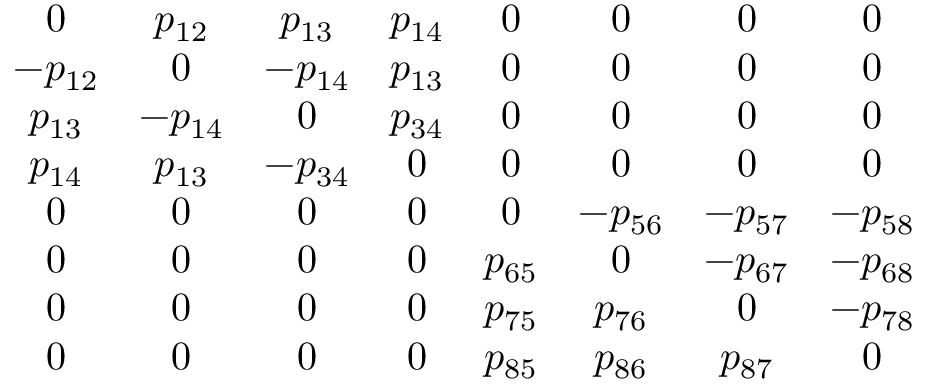
\begin{array} { c c c c c c c c } { { 0 } } & { { p _ { 1 2 } } } & { { p _ { 1 3 } } } & { { p _ { 1 4 } } } & { { 0 } } & { { 0 } } & { { 0 } } & { { 0 } } \\ { { - p _ { 1 2 } } } & { { 0 } } & { { - p _ { 1 4 } } } & { { p _ { 1 3 } } } & { { 0 } } & { { 0 } } & { { 0 } } & { { 0 } } \\ { { p _ { 1 3 } } } & { { - p _ { 1 4 } } } & { { 0 } } & { { p _ { 3 4 } } } & { { 0 } } & { { 0 } } & { { 0 } } & { { 0 } } \\ { { p _ { 1 4 } } } & { { p _ { 1 3 } } } & { { - p _ { 3 4 } } } & { { 0 } } & { { 0 } } & { { 0 } } & { { 0 } } & { { 0 } } \\ { { 0 } } & { { 0 } } & { { 0 } } & { { 0 } } & { { 0 } } & { { - p _ { 5 6 } } } & { { - p _ { 5 7 } } } & { { - p _ { 5 8 } } } \\ { { 0 } } & { { 0 } } & { { 0 } } & { { 0 } } & { { p _ { 6 5 } } } & { { 0 } } & { { - p _ { 6 7 } } } & { { - p _ { 6 8 } } } \\ { { 0 } } & { { 0 } } & { { 0 } } & { { 0 } } & { { p _ { 7 5 } } } & { { p _ { 7 6 } } } & { { 0 } } & { { - p _ { 7 8 } } } \\ { { 0 } } & { { 0 } } & { { 0 } } & { { 0 } } & { { p _ { 8 5 } } } & { { p _ { 8 6 } } } & { { p _ { 8 7 } } } & { { 0 } } \end{array}